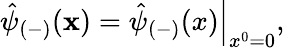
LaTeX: \hat{\psi}_{(-)}({\mathbf x})=\left.\hat{\psi}_{(-)}(x)\right|_{x^{0}=0},\; \;